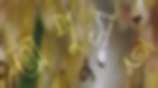
অপুসহ